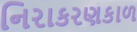
નિરાકરણકાળ